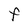
Character: F